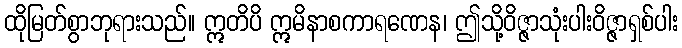
ထိုမြတ်စွာဘုရားသည်။ ဣတိပိ ဣမိနာစကာရဏေန၊ ဤသို့ဝိဇ္ဇာသုံးပါးဝိဇ္ဇာရှစ်ပါး